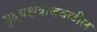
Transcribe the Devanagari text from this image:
युद्धक्षेत्राजवळील